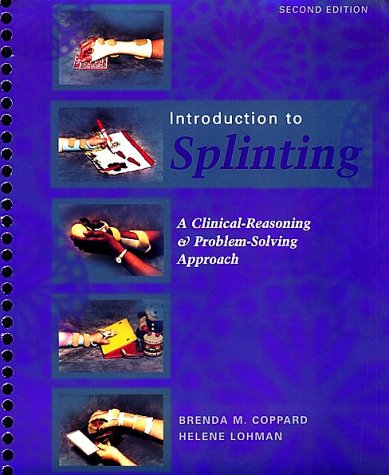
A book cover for Introduction to Splinting: A Clinical-Reasoning & Problem-Solving Approach; Brenda M. Coppard PhD  OTR/L; Medical Books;